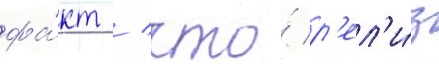
фа́кт / что́ р'ел'и́з